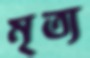
মৃত্য